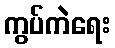
ကွပ်ကဲရေး